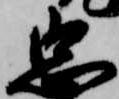
忠